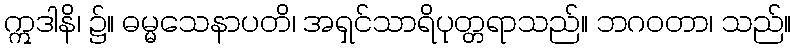
ဣဒါနိ၊ ၌။ ဓမ္မသေနာပတိ၊ အရှင်သာရိပုတ္တရာသည်။ ဘဂဝတာ၊ သည်။